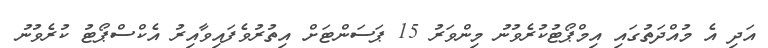
އަދި އެ މުއްދަތުގައި އިމްޕޯޓުކުރެވުނު މިންވަރު 15 ޕަސަންޓަށް އިތުރުވެފައިވާއިރު އެކްސްޕޯޓު ކުރެވުނު